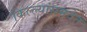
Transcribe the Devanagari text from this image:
किल्ल्यांसमवेत